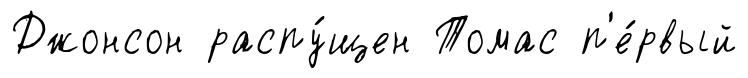
Джонсон распу́щен Томас п'е́рвый